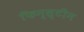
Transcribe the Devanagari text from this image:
फिन्स्टीन